Indian journal of veterinary science and animal husbandry - Volumes 26-27, 1956-1957
Year: 1956
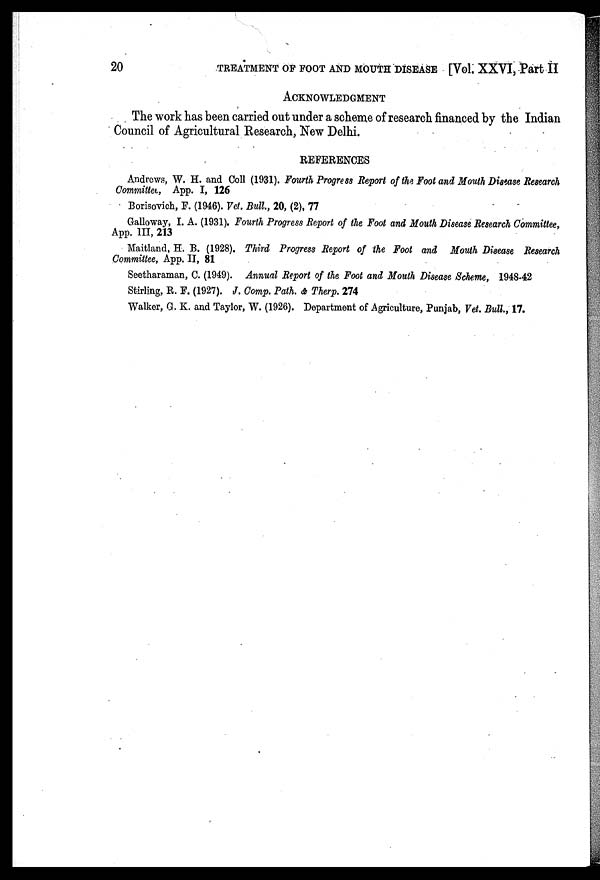
20
TREATMENT OF FOOT AND MOUTH DISEASE [Vol. XXVI, Part II
ACKNOWLEDGMENT
The work has been carried out under a scheme of research financed by the Indian
Council of Agricultural Research, New Delhi.
REFERENCES
Andrews, W. H. and Coll (1931). Fourth Progress Report of the Foot and Mouth Disease Research
Committee, App. I, 126
Borisovich, F. (1946). Vet. Bull., 20, (2), 77
Galloway, I. A. (1931). Fourth Progress Report of the Foot and Mouth Disease Research Committee,
App. III, 213
Maitland, H. B. (1928). Third Progress Report of the Foot and Mouth Disease Research
Committee, App. II, 81
Seetharaman, C. (1949). Annual Report of the Foot and Mouth Disease Scheme, 1948-42
Stirling, R. F. (1927). J. Comp. Path. & Therp. 274
Walker, G. K. and Taylor, W. (1926). Department of Agriculture, Punjab, Vet. Bull., 17.